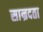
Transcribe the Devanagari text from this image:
सान्रदता